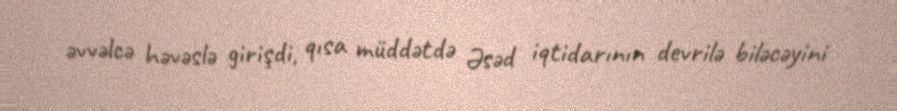
əvvəlcə həvəslə girişdi, qısa müddətdə Əsəd iqtidarının devrilə biləcəyini